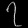
Digit: ၇